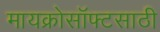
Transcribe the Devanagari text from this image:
मायक्रोसॉफ्टसाठी